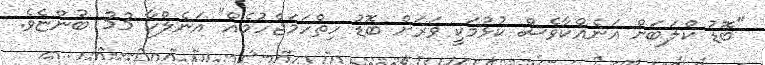
"ބޮޑު ކްލަބަށް އަނެއްކާވެސް ކުޅުމަކީ ވަރަށް ބޮޑު ހިތްހަމަޖެހުމެއް" އަނެލްކާ 33 ބުންޏެވެ.